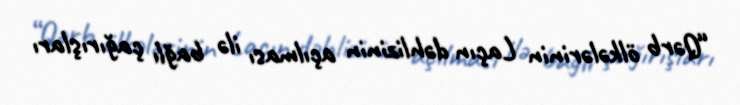
“Qərb ölkələrinin Laçın dəhlizinin açılması ilə bağlı çağırışları